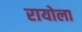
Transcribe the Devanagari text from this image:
रायोला